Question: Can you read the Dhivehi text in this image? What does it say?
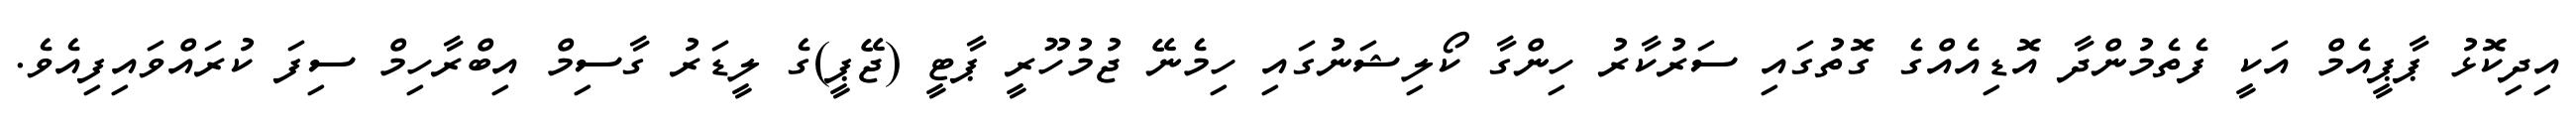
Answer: އިދިކޮޅު ޕާޕީއެމް އަކީ ފެތެމުންދާ އޮޑިއެއްގެ ގޮތުގައި ސަރުކާރު ހިންގާ ކޯލިޝަނުގައި ހިމެނޭ ޖުމުހޫރީ ޕާޓީ (ޖޭޕީ)ގެ ލީޑަރު ގާސިމް އިބްރާހިމް ސިފަ ކުރައްވައިފިއެވެ.